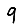
Digit: 9